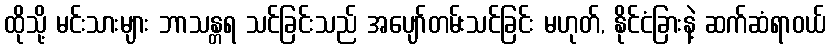
ထိုသို့ မင်းသားများ ဘာသန္တရ သင်ခြင်းသည် အပျော်တမ်းသင်ခြင်း မဟုတ်, နိုင်ငံခြားနဲ့ ဆက်ဆံရာဝယ်